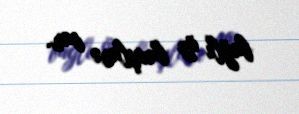
bağlı öz baxışları var.